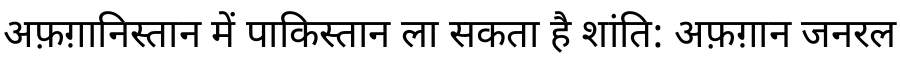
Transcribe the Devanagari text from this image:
अफ़ग़ानिस्तान में पाकिस्तान ला सकता है शांति: अफ़ग़ान जनरल